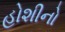
હોશીનો